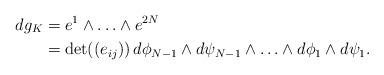
LaTeX: \begin{align*}dg_K &= e^1\wedge \ldots\wedge e^{2N}\\&= \det((e_{ij}))\,d\phi_{N-1}\wedge d\psi_{N-1}\wedge\ldots\wedge d\phi_1\wedge d\psi_1.\end{align*}